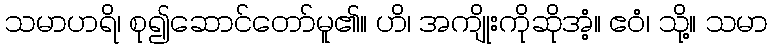
သမာဟရိ၊ စု၍ဆောင်တော်မူ၏။ ဟိ၊ အကျိုးကိုဆိုအံ့။ ဧဝံ၊ သို့။ သမာ